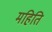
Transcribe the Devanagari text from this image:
महिति